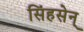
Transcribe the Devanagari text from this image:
सिंहसेन्